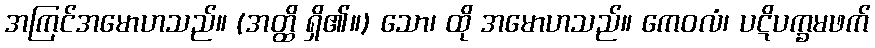
အကြင်အမောဟသည်။ (အတ္ထိ ရှိ၏။) သော၊ ထို အမောဟသည်။ ကေဝလံ၊ ပဋိပက္ခမဖက်